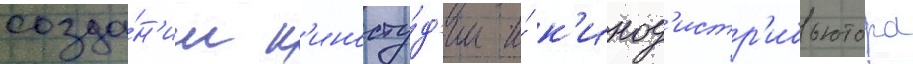
созда́н'ии к'иносту́д'ии и́ к'инод'истр'ибьютора